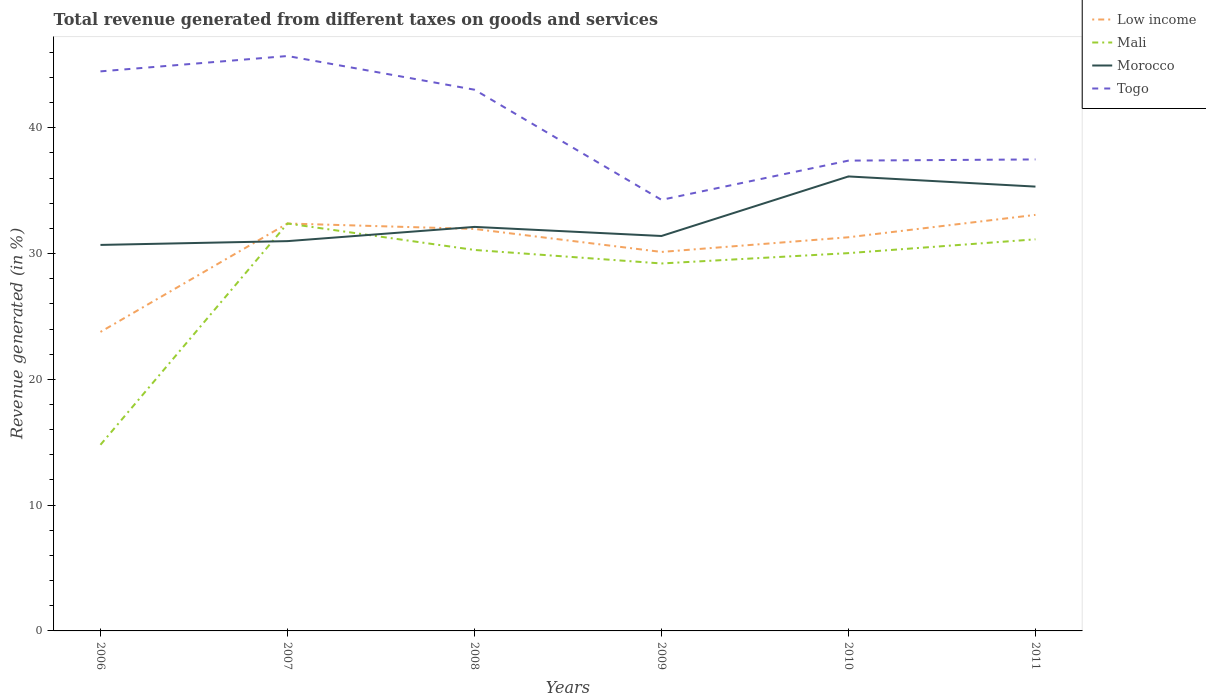
| Years | Low income | Mali | Morocco | Togo |
 | --- | --- | --- | --- | --- |
 | 2006 | 23.8 | 14.8 | 30.7 | 44.5 |
 | 2007 | 32.4 | 32.4 | 31 | 45.7 |
 | 2008 | 32 | 30.3 | 32.1 | 43 |
 | 2009 | 30.1 | 29.2 | 31.4 | 34.3 |
 | 2010 | 31.3 | 30 | 36.1 | 37.4 |
 | 2011 | 33.1 | 31.1 | 35.3 | 37.5 |